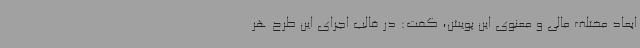
ابعاد مختلف مالی و معنوی این پویش، گفت: در قالب اجرای این طرح هر